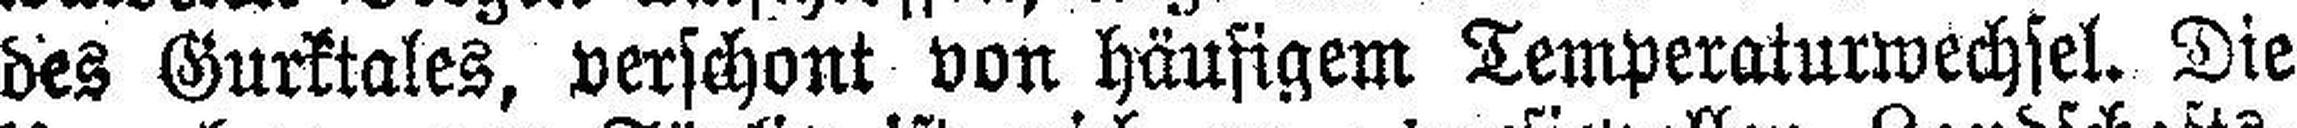
des Gurktales, verschont von häufigem Temperaturwechsel. Die